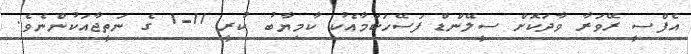
އެފްސީ ރޭވަރާ ވާދަކޮށް ސީލޭންޑް ފަސޭހަކަމާއެކު ކާމިޔާބު ކުރީ 11-1 ގެ ނަތީޖާއަކުންނެވެ.